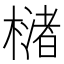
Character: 𣚫